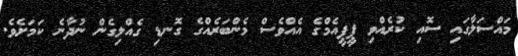
މައްސަލާގައި ސޮއި ކުރެއްވި ޕީޕީއެމްގެ އެއްވެސް މެންބަރެއްގެ ގޮނޑި ގެއްލިގެން ނުދާނެ ކަމަށެވެ.